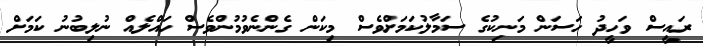
ރައީސް ވަހީދު ހަސަން މަނިކުގެ ސަމާލުކަމަށްވެސް މިކަން ގެންނެވުމުންވެސް ހައްލެއް ނުލިބުނު ކަމަށް